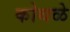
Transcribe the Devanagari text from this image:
कोथळे